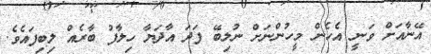
އޭނާއަށް ވަނީ އެހެން މީހުންނަށް ނުލިބޭ ފަދަ އާދަޔާ ހިލާފު ބާރެއް ލިބިފައެވެ.